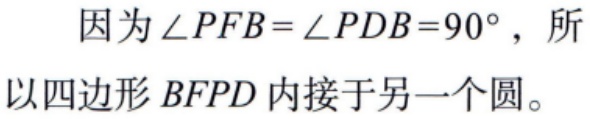
因为\(\angle PFB = \angle PDB = 90^{\circ}\)，所以四边形\(BFPD\)内接于另一个圆。